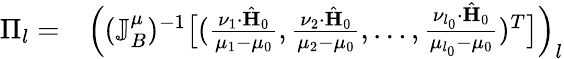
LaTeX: \begin{array}{rl}{\Pi_{l}=}&{{}\Big((\mathbb{J}_{B}^{\mu})^{-1}\big[(\frac{\nu_{1}\cdot\hat{\mathbf{H}}_{0}}{\mu_{1}-\mu_{0}},\frac{\nu_{2}\cdot\hat{\mathbf{H}}_{0}}{\mu_{2}-\mu_{0}},\ldots,\frac{\nu_{l_{0}}\cdot\hat{\mathbf{H}}_{0}}{\mu_{l_{0}}-\mu_{0}})^{T}\big]\Big)_{l}}\end{array}